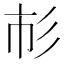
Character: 𢒌